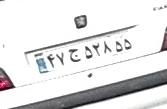
۴۷ج۵۲۸۵۵